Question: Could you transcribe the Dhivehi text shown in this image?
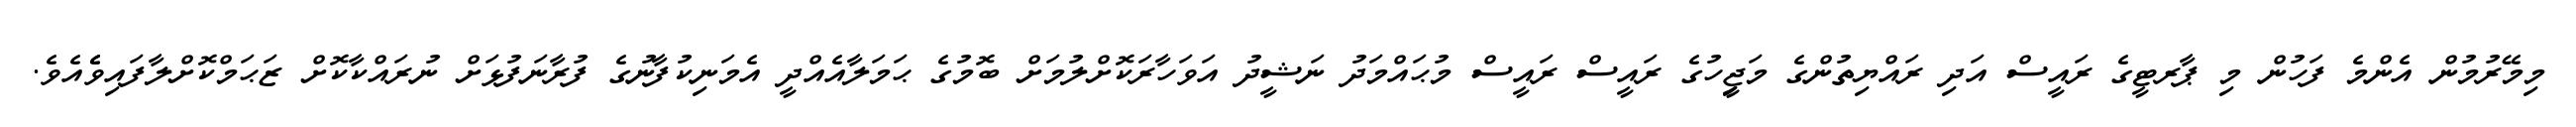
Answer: މިމޭރުމުން އެންމެ ފަހުން މި ޕާރޓީގެ ރައީސް އަދި ރައްޔިތުންގެ މަޖިީހުގެ ރައީސް ރައީސް މުޙައްމަދު ނަޝީދު އަވަހާރަކޮށްލުމަށް ބޮމުގެ ޙަމަލާއެއްދީ އެމަނިކުފާނުގެ ފުރާނަފުޅަށް ނުރައްކާކޮށް ޒަޙަމްކޮށްލާފައިވެެއެވެ.